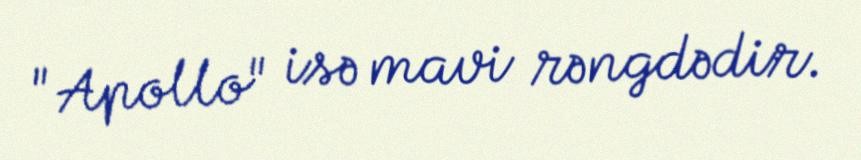
"Apollo" isə mavi rəngdədir.